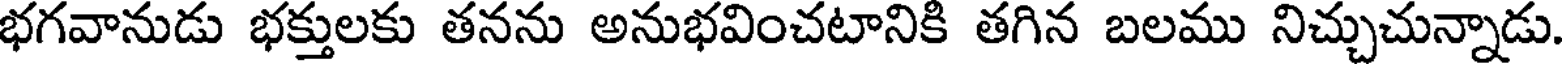
భగవానుడు భక్తులకు తనను అనుభవించటానికి తగిన బలము నిచ్చుచున్నాడు.